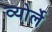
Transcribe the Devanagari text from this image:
व्योर्ले